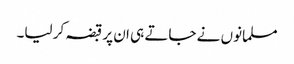
مسلمانوں نے جاتے ہی ان پر قبضہ کر لیا۔